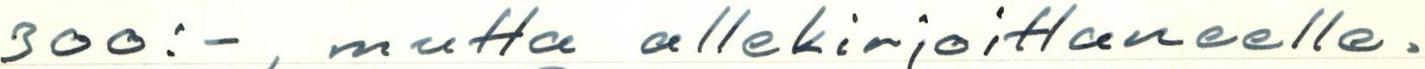
300:-, mutta allekirjoittaneelle.